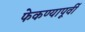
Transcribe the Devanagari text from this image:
फेकण्यापूर्वी